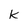
Character: k